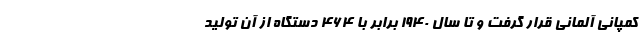
کمپانی آلمانی قرار گرفت و تا سال 1940 برابر با 464 دستگاه از آن تولید